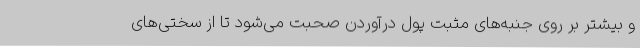
و بیشتر بر روی جنبه‌های مثبت پول درآوردن صحبت می‌شود تا از سختی‌های